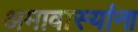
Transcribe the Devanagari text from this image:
अमावास्यांना